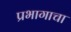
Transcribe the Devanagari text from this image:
प्रभागाचा